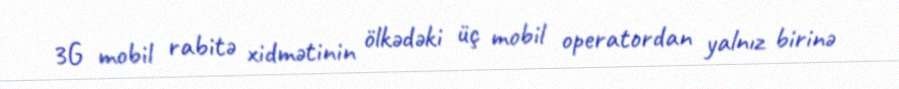
3G mobil rabitə xidmətinin ölkədəki üç mobil operatordan yalnız birinə